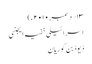
۱۳؍ دسمبر ۲۰۱۰ء)
اسرائیلی خفیہ ایجنسی
ڈیوڈ بن گوریان